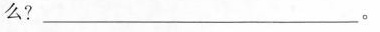
么?___。